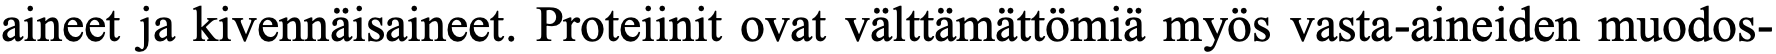
aineet ja kivennäisaineet. Proteiinit ovat välttämättömiä myös vasta-aineiden muodos-